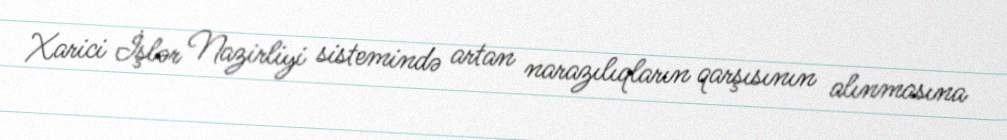
Xarici İşlər Nazirliyi sistemində artan narazılıqların qarşısının alınmasına